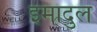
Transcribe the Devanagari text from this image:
इमादुल